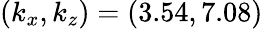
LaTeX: (k_{x},k_{z})=(3.54,7.08)